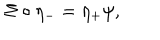
LaTeX: \Sigma \circ \eta _ { - } = \eta _ { + } \psi ,